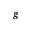
g